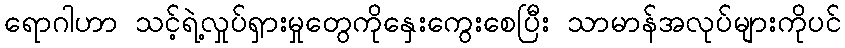
ရောဂါဟာ သင့်ရဲ့လှုပ်ရှားမှုတွေကိုနှေးကွေးစေပြီး သာမာန်အလုပ်များကိုပင်